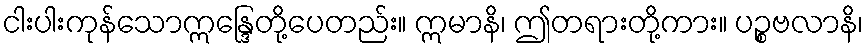
ငါးပါးကုန်သောဣန္ဒြေတို့ပေတည်း။ ဣမာနိ၊ ဤတရားတို့ကား။ ပဉ္စဗလာနိ၊